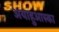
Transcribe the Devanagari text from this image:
अयाहुआस्का